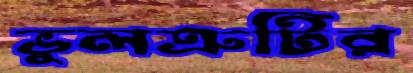
ভুলত্রুটির